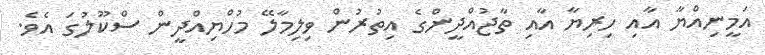
އަމީނިއްޔާ އާއި ހިރިޔާ އާއި ތާޖުއްދީންގެ އިތުރުން ވިލިމާލޭ މުހްޔިއްދީން ސްކޫލުގަ އެވެ.